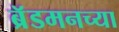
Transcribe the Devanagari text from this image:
ब्रॅडमनच्या